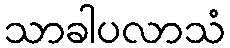
သာခါပလာသံ